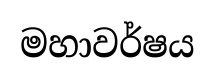
මහාවර්ෂය